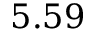
5 . 5 9